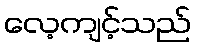
လေ့ကျင့်သည်